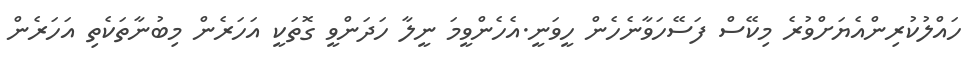
ހައްލުކުރިންއެޔަށްވުރެ މިކޭސް ފަސޭހަވާނެހެން ހީވަނީ.އެހެންވީމަ ނީލާ ހަދަންވީ ގޮތަކީ އަހަރެން މިބުނާތަކެތި އަހަރެން